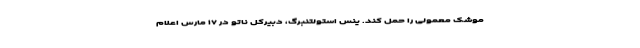
موشک معمولی را حمل کند. ینس استولتنبرگ، دبیرکل ناتو در ۱۷ مارس اعلام